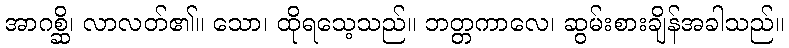
အာဂစ္ဆိ၊ လာလတ်၏။ သော၊ ထိုရသေ့သည်။ ဘတ္တကာလေ၊ ဆွမ်းစားချိန်အခါသည်။